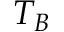
T _ { B }